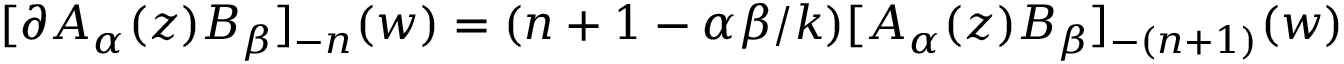
[ \partial A _ { \alpha } ( z ) B _ { \beta } ] _ { - n } ( w ) = ( n + 1 - \alpha \beta / k ) [ A _ { \alpha } ( z ) B _ { \beta } ] _ { - ( n + 1 ) } ( w )